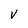
Character: V